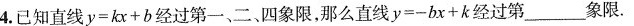
4.已知直线 $$y = k x + b$$经过第一、二、四象限，那么直线 $$y = - b x + k$$经过第___象限。